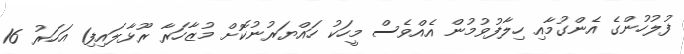
ފުލުހުންގެ އެންގުމާއި ހިލާފުވުމުން އެއްވެސް މީހަކު ހައްޔަރުނުކޮށް މުޒާހަރާ ރޫޅާލައިފި1 އަހަރު 16